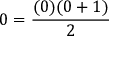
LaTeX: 0 = { \frac { ( 0 ) ( 0 + 1 ) } { 2 } }